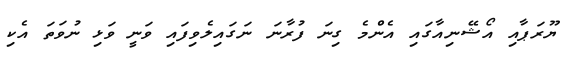
ޔޫރަޕާއި އޯޝޭނިއާގައި އެންމެ ގިނަ ފުރާނަ ނަގައިލެވިފައި ވަނީ ވަޅި ނުވަތަ އެކި